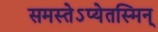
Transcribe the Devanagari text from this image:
समस्तेऽप्येतस्मिन्